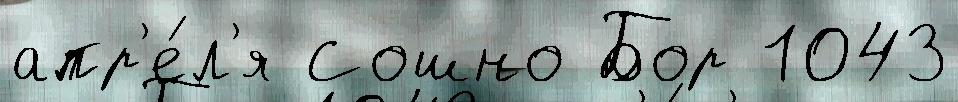
апр'е́л'я Сошно Бор 1043